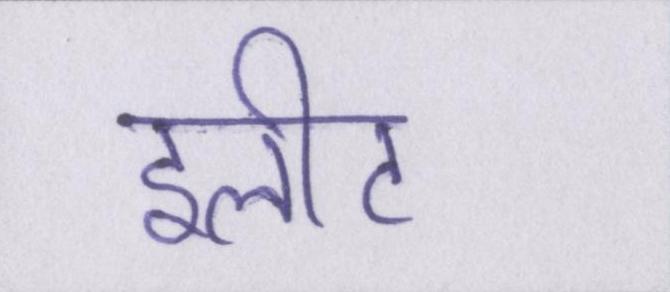
इलीट